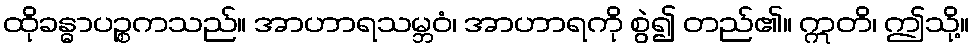
ထိုခန္ဓာပဉ္စကသည်။ အာဟာရသမ္ဘဝံ၊ အာဟာရကို စွဲ၍ တည်၏။ ဣတိ၊ ဤသို့။